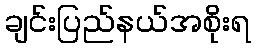
ချင်းပြည်နယ်အစိုးရ